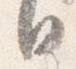
日